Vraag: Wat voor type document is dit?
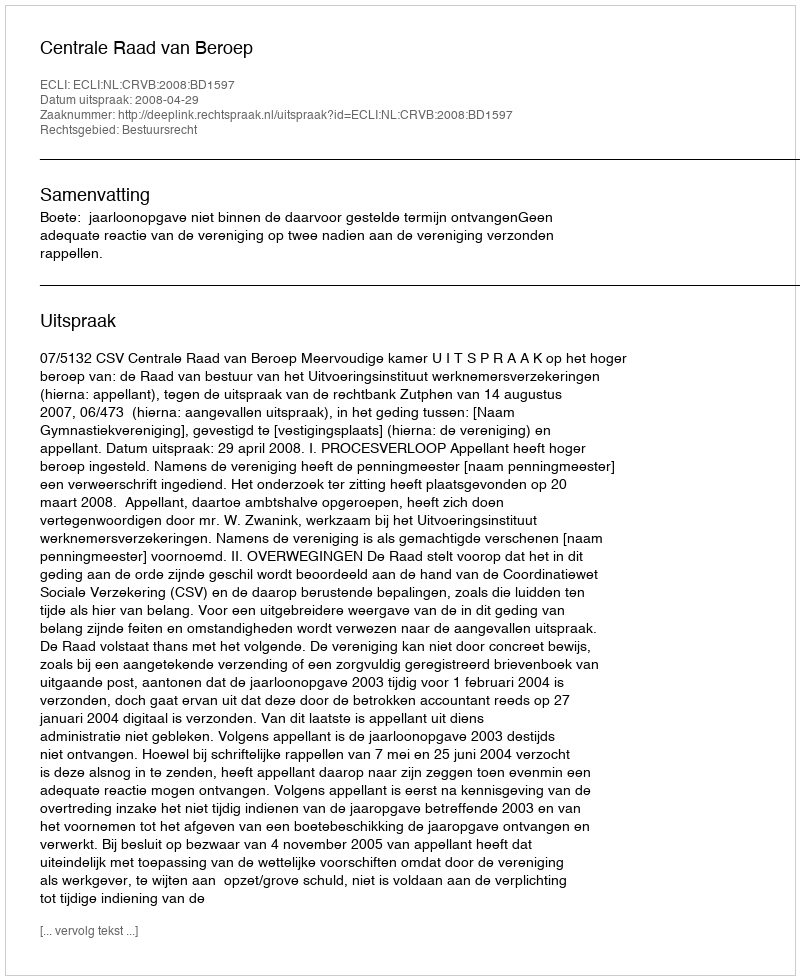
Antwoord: Uitspraak